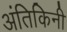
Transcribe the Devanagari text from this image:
अंतिकिनी